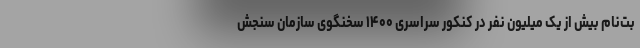
بت‌نام بیش از یک میلیون نفر در کنکور سراسری ۱۴۰۰ سخنگوی سازمان سنجش